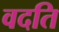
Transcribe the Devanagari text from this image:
वदति